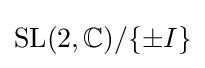
{\text{SL}}(2,\mathbb {C} )/\{\pm I\}